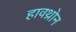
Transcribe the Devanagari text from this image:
हावथ्रोन